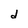
Character: d